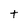
Character: t